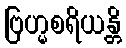
ဗြဟ္မစရိယန္တိ